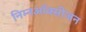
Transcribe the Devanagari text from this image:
निम्नऑक्सीजन